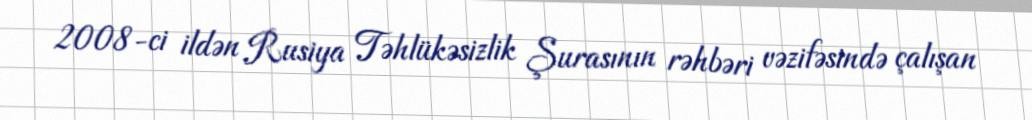
2008-ci ildən Rusiya Təhlükəsizlik Şurasının rəhbəri vəzifəsində çalışan